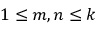
1 \leq m , n \leq k